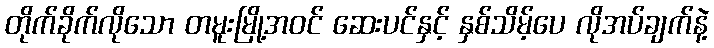
တိုက်ခိုက်လိုသော တမူးမြို့အဝင် ဆေးပင်နှင့် နှစ်သိမ့်ပေ လိုအပ်ချက်နဲ့